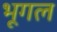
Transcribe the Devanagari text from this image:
भूगल